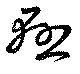
懸